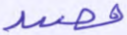
قصد